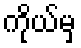
ကိုယ်မှ